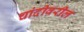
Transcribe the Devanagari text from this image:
चांदीवरील